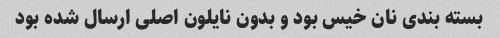
بسته بندی نان خیس بود و بدون نایلون اصلی ارسال شده بود